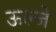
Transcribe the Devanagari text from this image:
ऊल्जे